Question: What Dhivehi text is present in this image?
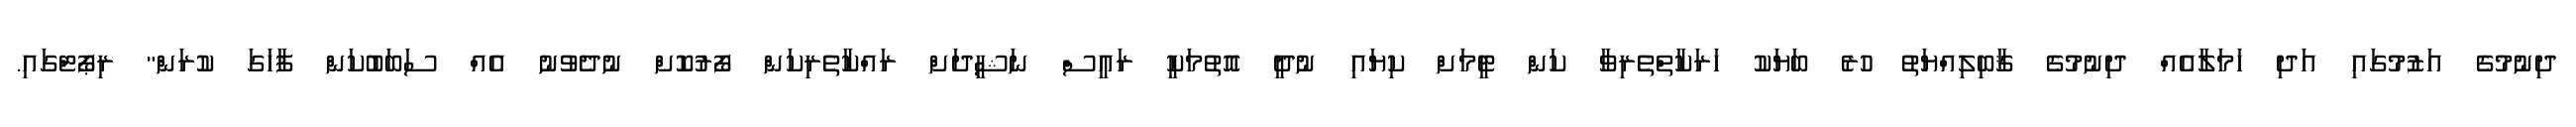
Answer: ދިނުމުގެ އަޒުމުގައި އަދި ހަމަލާއެއް ދިނުމުގެ ޤާބިލިއްޔަތު ހުރެ ބަޔަކު ހަރަކާތްތެރިވާ ކަން ޓީމަށް ކިޔައި ނުދީ އޮތުމަކީ ރައީސް ނަޝީދަށް ރައްކާތެރިކަން ފޯރުކޮށް ނުދެވުނު އެއް ސަބަބުކަން ފާހަގަ ކުރަން" ރިޕޯޓްގައި.